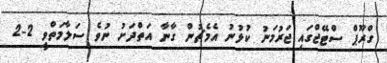
ގްރޫޕް ސްޓޭޖްގައި ޖަރުމަނު ކުޅުނު އެމެޗުން ގާނާ އަތްދަށު ނުވެ ސަލާމަތްވީ 2-2